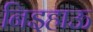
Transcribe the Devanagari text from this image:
निइहाऊ